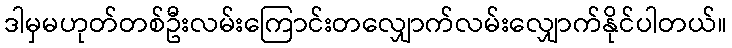
ဒါမှမဟုတ်တစ်ဦးလမ်းကြောင်းတလျှောက်လမ်းလျှောက်နိုင်ပါတယ်။